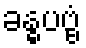
ခန္ဓပဗ္ဗံ